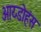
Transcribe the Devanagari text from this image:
आय्डोहंस